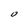
Character: 0